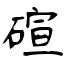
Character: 碹